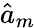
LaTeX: {\hat{a}}_{m}